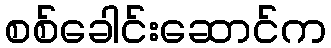
စစ်ခေါင်းဆောင်က